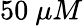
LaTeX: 50~\mu M